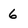
Character: 6